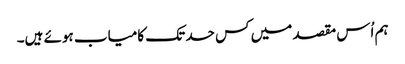
ہم اُس مقصد میں کس حد تک کامیاب ہوئے ہیں۔